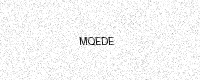
Text: MQEDE